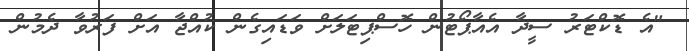
"އެ ޑޮކްޓަރު ސީދާ އެއާޕޯޓުން ހޮސްޕިޓަލަށް ވަޑައިގެން ކުއްޖާ އަށް ފަރުވާ ދެމުން